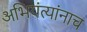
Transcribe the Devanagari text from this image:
अभियंत्यांनाच